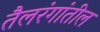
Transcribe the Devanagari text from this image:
तैलरंगांतील